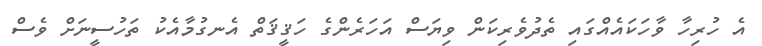
އެ ހުރިހާ ވާހަކައެއްގައި ތެދުވެރިކަން ވިޔަސް އަހަރެންގެ ހަޤީޤަތް އެނގުމާއެކު ތަހުސީނަށް ވެސް